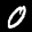
Label: 0